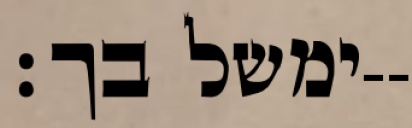
ימשל בך׃--